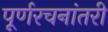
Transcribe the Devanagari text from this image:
पूर्णरचनांतरी